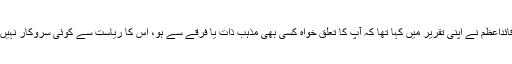
قائداعظم نے اپنی تقریر میں کہا تھا کہ آپ کا تعلق خواہ کسی بھی مذہب ذات یا فرقے سے ہو، اس کا ریاست سے کوئی سروکار نہیں۔